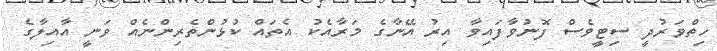
ހިތްވަރުދީ ސިޓީވެސް ފޮނުވާފައިވާ އިރު އޭނާގެ މަރާއެކު އެތައް ކުޅުންތެރިންނެއް ވަނީ އާއިލާގެ